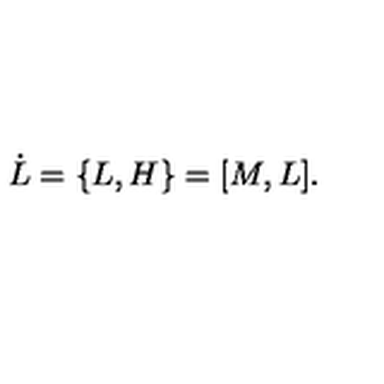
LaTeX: \dot { L } = \{ L , H \} = \lbrack M , L \rbrack .